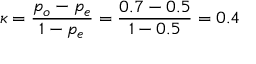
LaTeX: \kappa = { \frac { p _ { o } - p _ { e } } { 1 - p _ { e } } } = { \frac { 0 . 7 - 0 . 5 } { 1 - 0 . 5 } } = 0 . 4